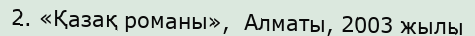
2. «Қазақ романы»,  Алматы, 2003 жылы